Civil Veterinary Dept. North-West Frontier Province 1933-46 - 1933-1946
Year: 1933
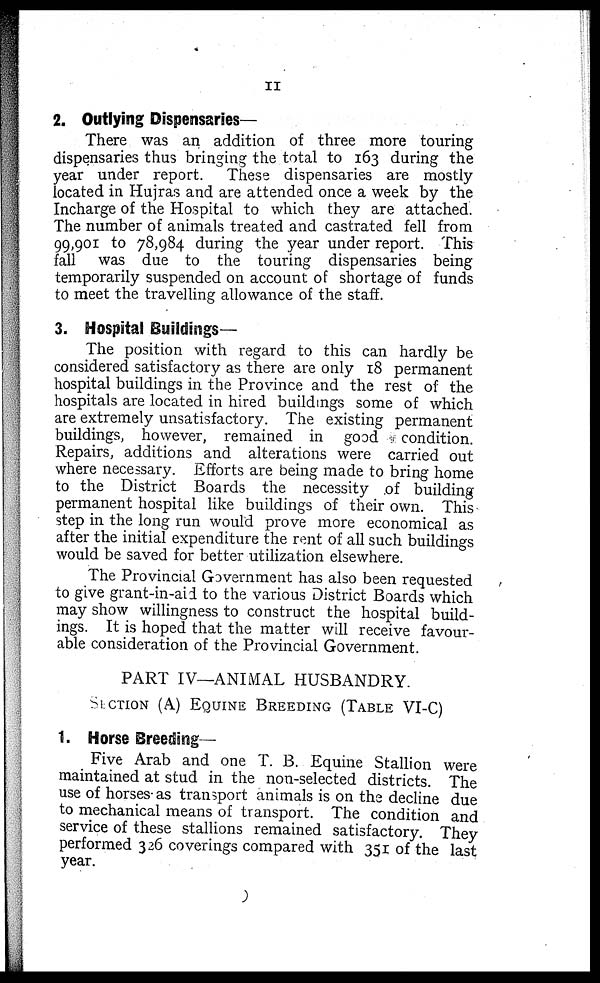
11
2. Outlying Dispensaries—
There was an addition of three more touring
dispensaries thus bringing the total to 163 during the
year under report. These dispensaries are mostly
located in Hujras and are attended once a week by the
Incharge of the Hospital to which they are attached.
The number of animals treated and castrated fell from
99,901 to 78,984 during the year under report. This
fall was due to the touring dispensaries being
temporarily suspended on account of shortage of funds
to meet the travelling allowance of the staff.
3. Hospital Buildings—
The position with regard to this can hardly be
considered satisfactory as there are only 18 permanent
hospital buildings in the Province and the rest of the
hospitals are located in hired buildings some of which
are extremely unsatisfactory. The existing permanent
buildings, however, remained in good condition.
Repairs, additions and alterations were carried out
where necessary. Efforts are being made to bring home
to the District Boards the necessity of building
permanent hospital like buildings of their own. This
step in the long run would prove more economical as
after the initial expenditure the rent of all such buildings
would be saved for better utilization elsewhere.
The Provincial Government has also been requested
to give grant-in-aid to the various District Boards which
may show willingness to construct the hospital build-
ings. It is hoped that the matter will receive favour-
able consideration of the Provincial Government.
PART IV—ANIMAL HUSBANDRY.
SECTION (A) EQUINE BREEDING (TABLE VI-C)
1. Horse Breeding—
Five Arab and one T. B. Equine Stallion were
maintained at stud in the non-selected districts. The
use of horses as transport animals is on the decline due
to mechanical means of transport. The condition and
service of these stallions remained satisfactory. They
performed 326 coverings compared with 351 of the last
year.